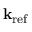
\bf k _ { \mathrm { r e f } }